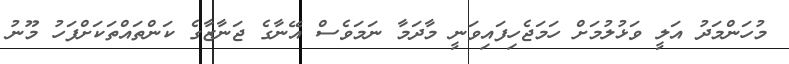
މުހަންމަދު އަލީ ވަޅުލުމަށް ހަމަޖެހިފައިވަނީ މާދަމާ ނަމަވެސް އޭނާގެ ޖަނާޒާގެ ކަންތައްތަކަށްފަހު މޫނު